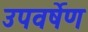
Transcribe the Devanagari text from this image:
उपवर्षेण